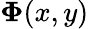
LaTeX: \mathbf{\Phi}(x,y)